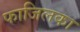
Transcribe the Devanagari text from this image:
फाजिलका